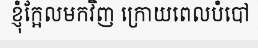
ខ្ញុំក្អែលមកវិញ ក្រោយពេលបំបៅ